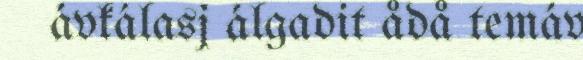
ávkálasj álgadit ådå temáv